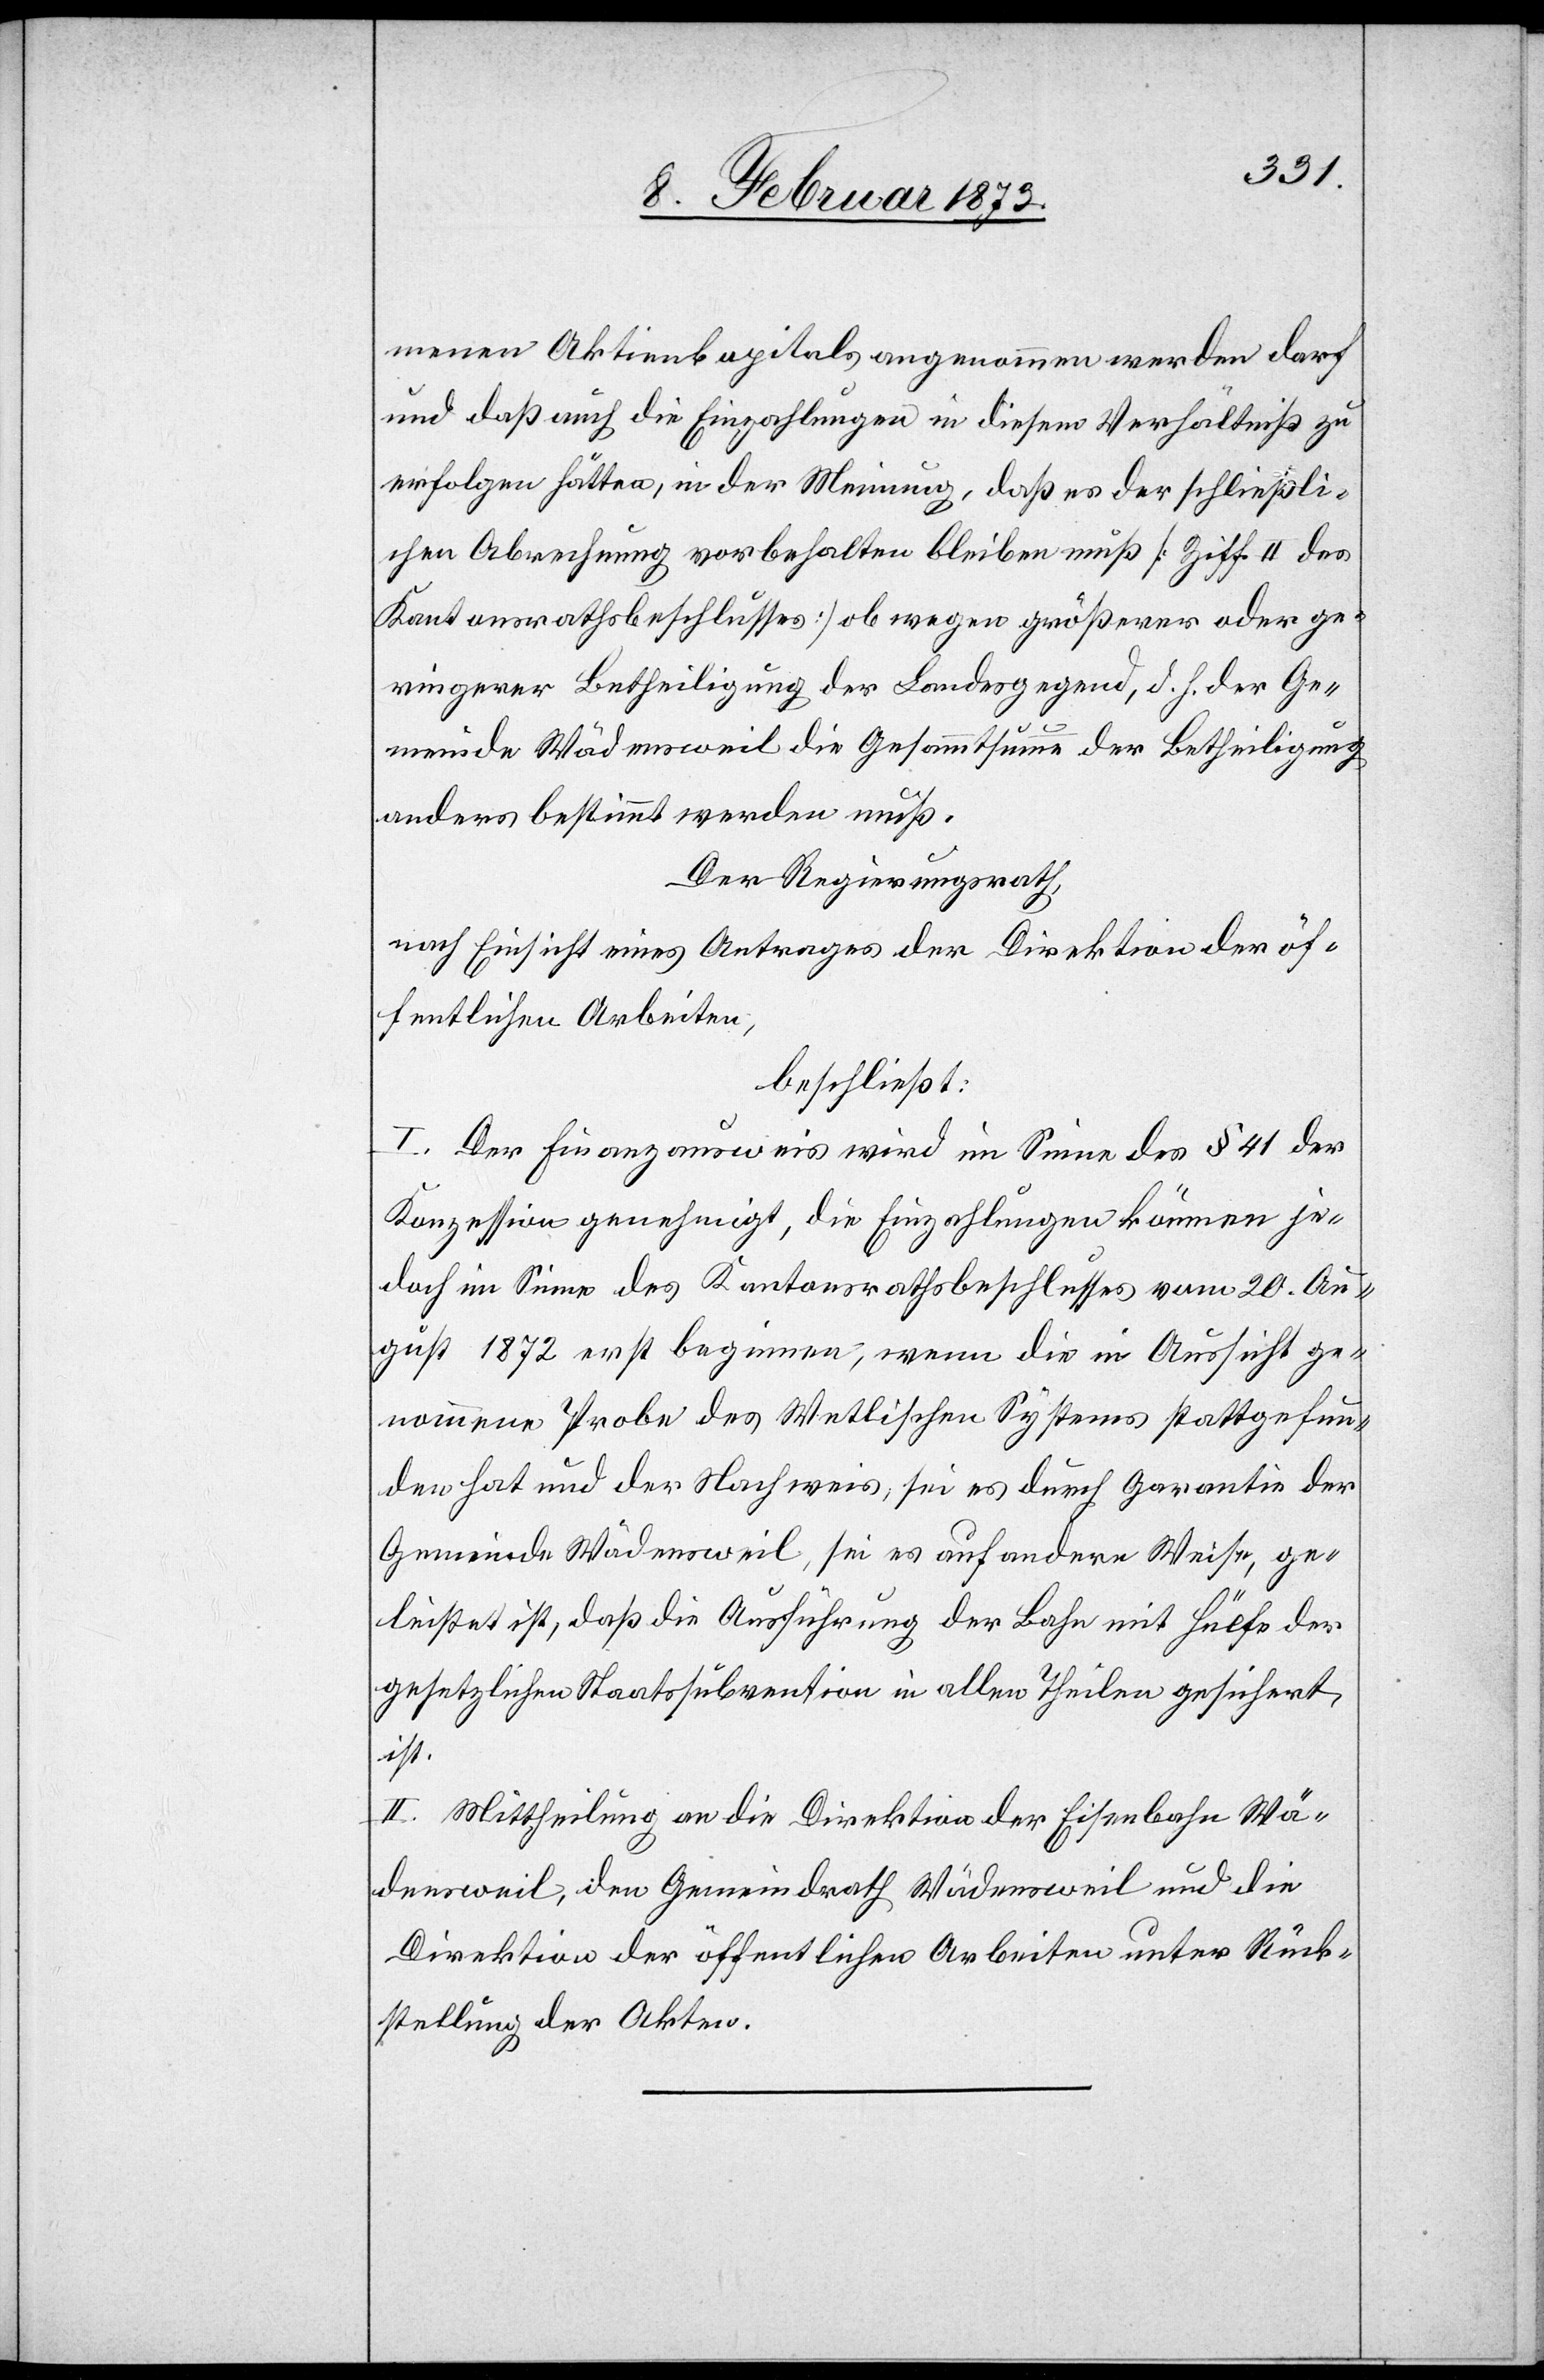
menen Aktienkapitals angenommen werden darf
und daß auch die Einzahlungen in diesem Verhältniß zu
erfolgen hätten, in der Meinung, daß es der schließli¬
chen Abrechnung vorbehalten bleiben muß [Ziff. II des
Kantonsrathsbeschlusses] ob wegen größerer oder ge¬
ringerer Betheiligung der Landesgegend, d. h. der Ge¬
meinde Wädensweil die Gesammtsumme der Betheiligung
anders bestimmt werden muß.
Der Regierungsrath,
nach Einsicht eines Antrages der Direktion der öf¬
fentlichen Arbeiten,
beschließt:
I. Der Finanzausweis wird im Sinne des § 41 der
Konzession genehmigt, die Einzahlungen können je¬
doch im Sinne des Kantonsrathsbeschlusses vom 20. Au¬
gust 1872 erst beginnen, wenn die in Aussicht ge¬
nommene Probe des Wetlischen Systems stattgefun¬
den hat und der Nachweis, sei es durch Garantie der
Gemeinde Wädensweil, sei es auf andere Weise, ge¬
leistet ist, daß die Ausführung der Bahn mit Hülfe der
gesetzlichen Staatssubvention in allen Theilen gesichert
ist.
II. Mittheilung an die Direktion der Eisenbahn Wä¬
densweil, den Gemeindrath Wädensweil und die
Direktion der öffentlichen Arbeiten unter Rück¬
stellung der Akten.